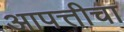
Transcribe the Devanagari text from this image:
आपत्तीचा